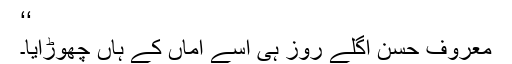
‘‘
معروف حسن اگلے روز ہی اسے اماں کے ہاں چھوڑآیا۔